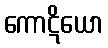
ကောဋိယော